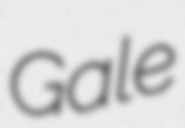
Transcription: Gale